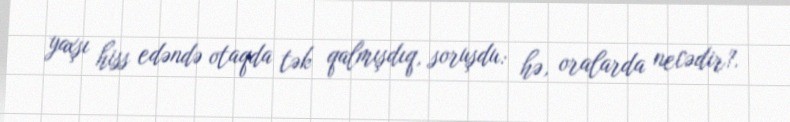
yaxşı hiss edəndə otaqda tək qalmışdıq, soruşdu: hə, oralarda necədir?.